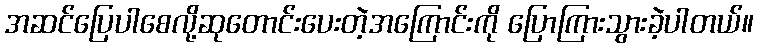
အဆင်ပြေပါစေလို့ဆုတောင်းပေးတဲ့အကြောင်းကို ပြောကြားသွားခဲ့ပါတယ်။